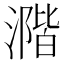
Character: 𣾂